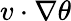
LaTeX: v\cdot\nabla\theta